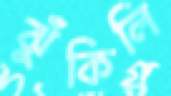
ঝুঁকিলি